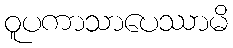
ဝူပကာသာပေဿာမိ